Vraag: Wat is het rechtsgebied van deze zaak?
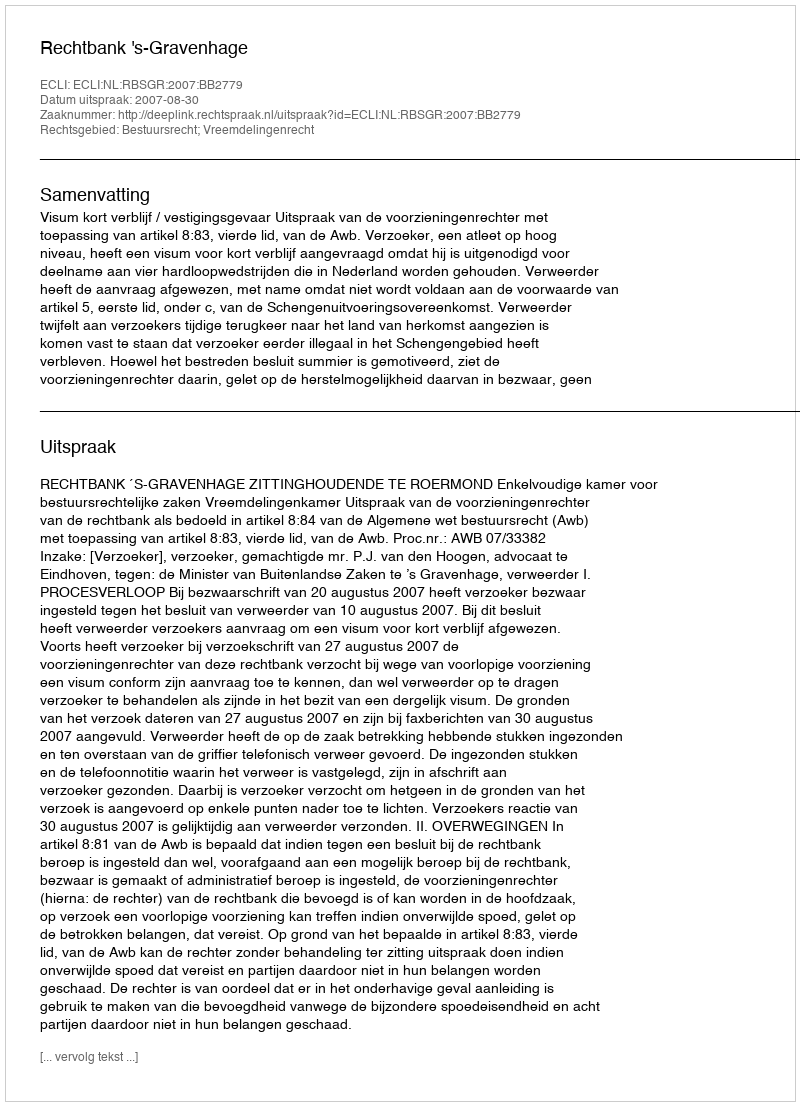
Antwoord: Bestuursrecht; Vreemdelingenrecht